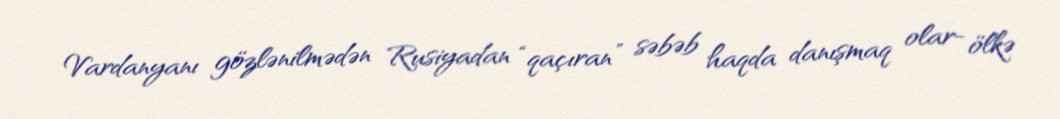
Vardanyanı gözlənilmədən Rusiyadan “qaçıran” səbəb haqda danışmaq olar- ölkə